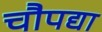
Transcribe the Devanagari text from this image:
चौपद्या